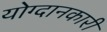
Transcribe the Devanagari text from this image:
योग्दानकारी